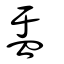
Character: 盂